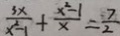
\frac { 3 x } { x ^ { 2 } - 1 } + \frac { x ^ { 2 } - 1 } { x } = \frac { 7 } { 2 }